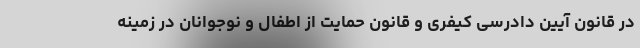
در قانون آیین دادرسی کیفری و قانون حمایت از اطفال و نوجوانان در زمینه